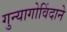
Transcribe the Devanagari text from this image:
गुन्यागोविंदाने